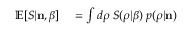
\begin{array} { r l } { \mathbb { E } [ S | { \bf n } , \beta ] } & { { } = \int d \boldsymbol { \rho } \; S ( \boldsymbol { \rho } | \beta ) \; p ( \boldsymbol { \rho } | { \bf n } ) } \end{array}